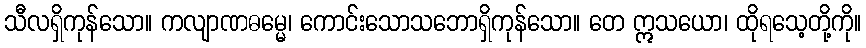
သီလရှိကုန်သော။ ကလျာဏဓမ္မေ၊ ကောင်းသောသဘောရှိကုန်သော။ တေ ဣသယော၊ ထိုရသေ့တို့ကို။